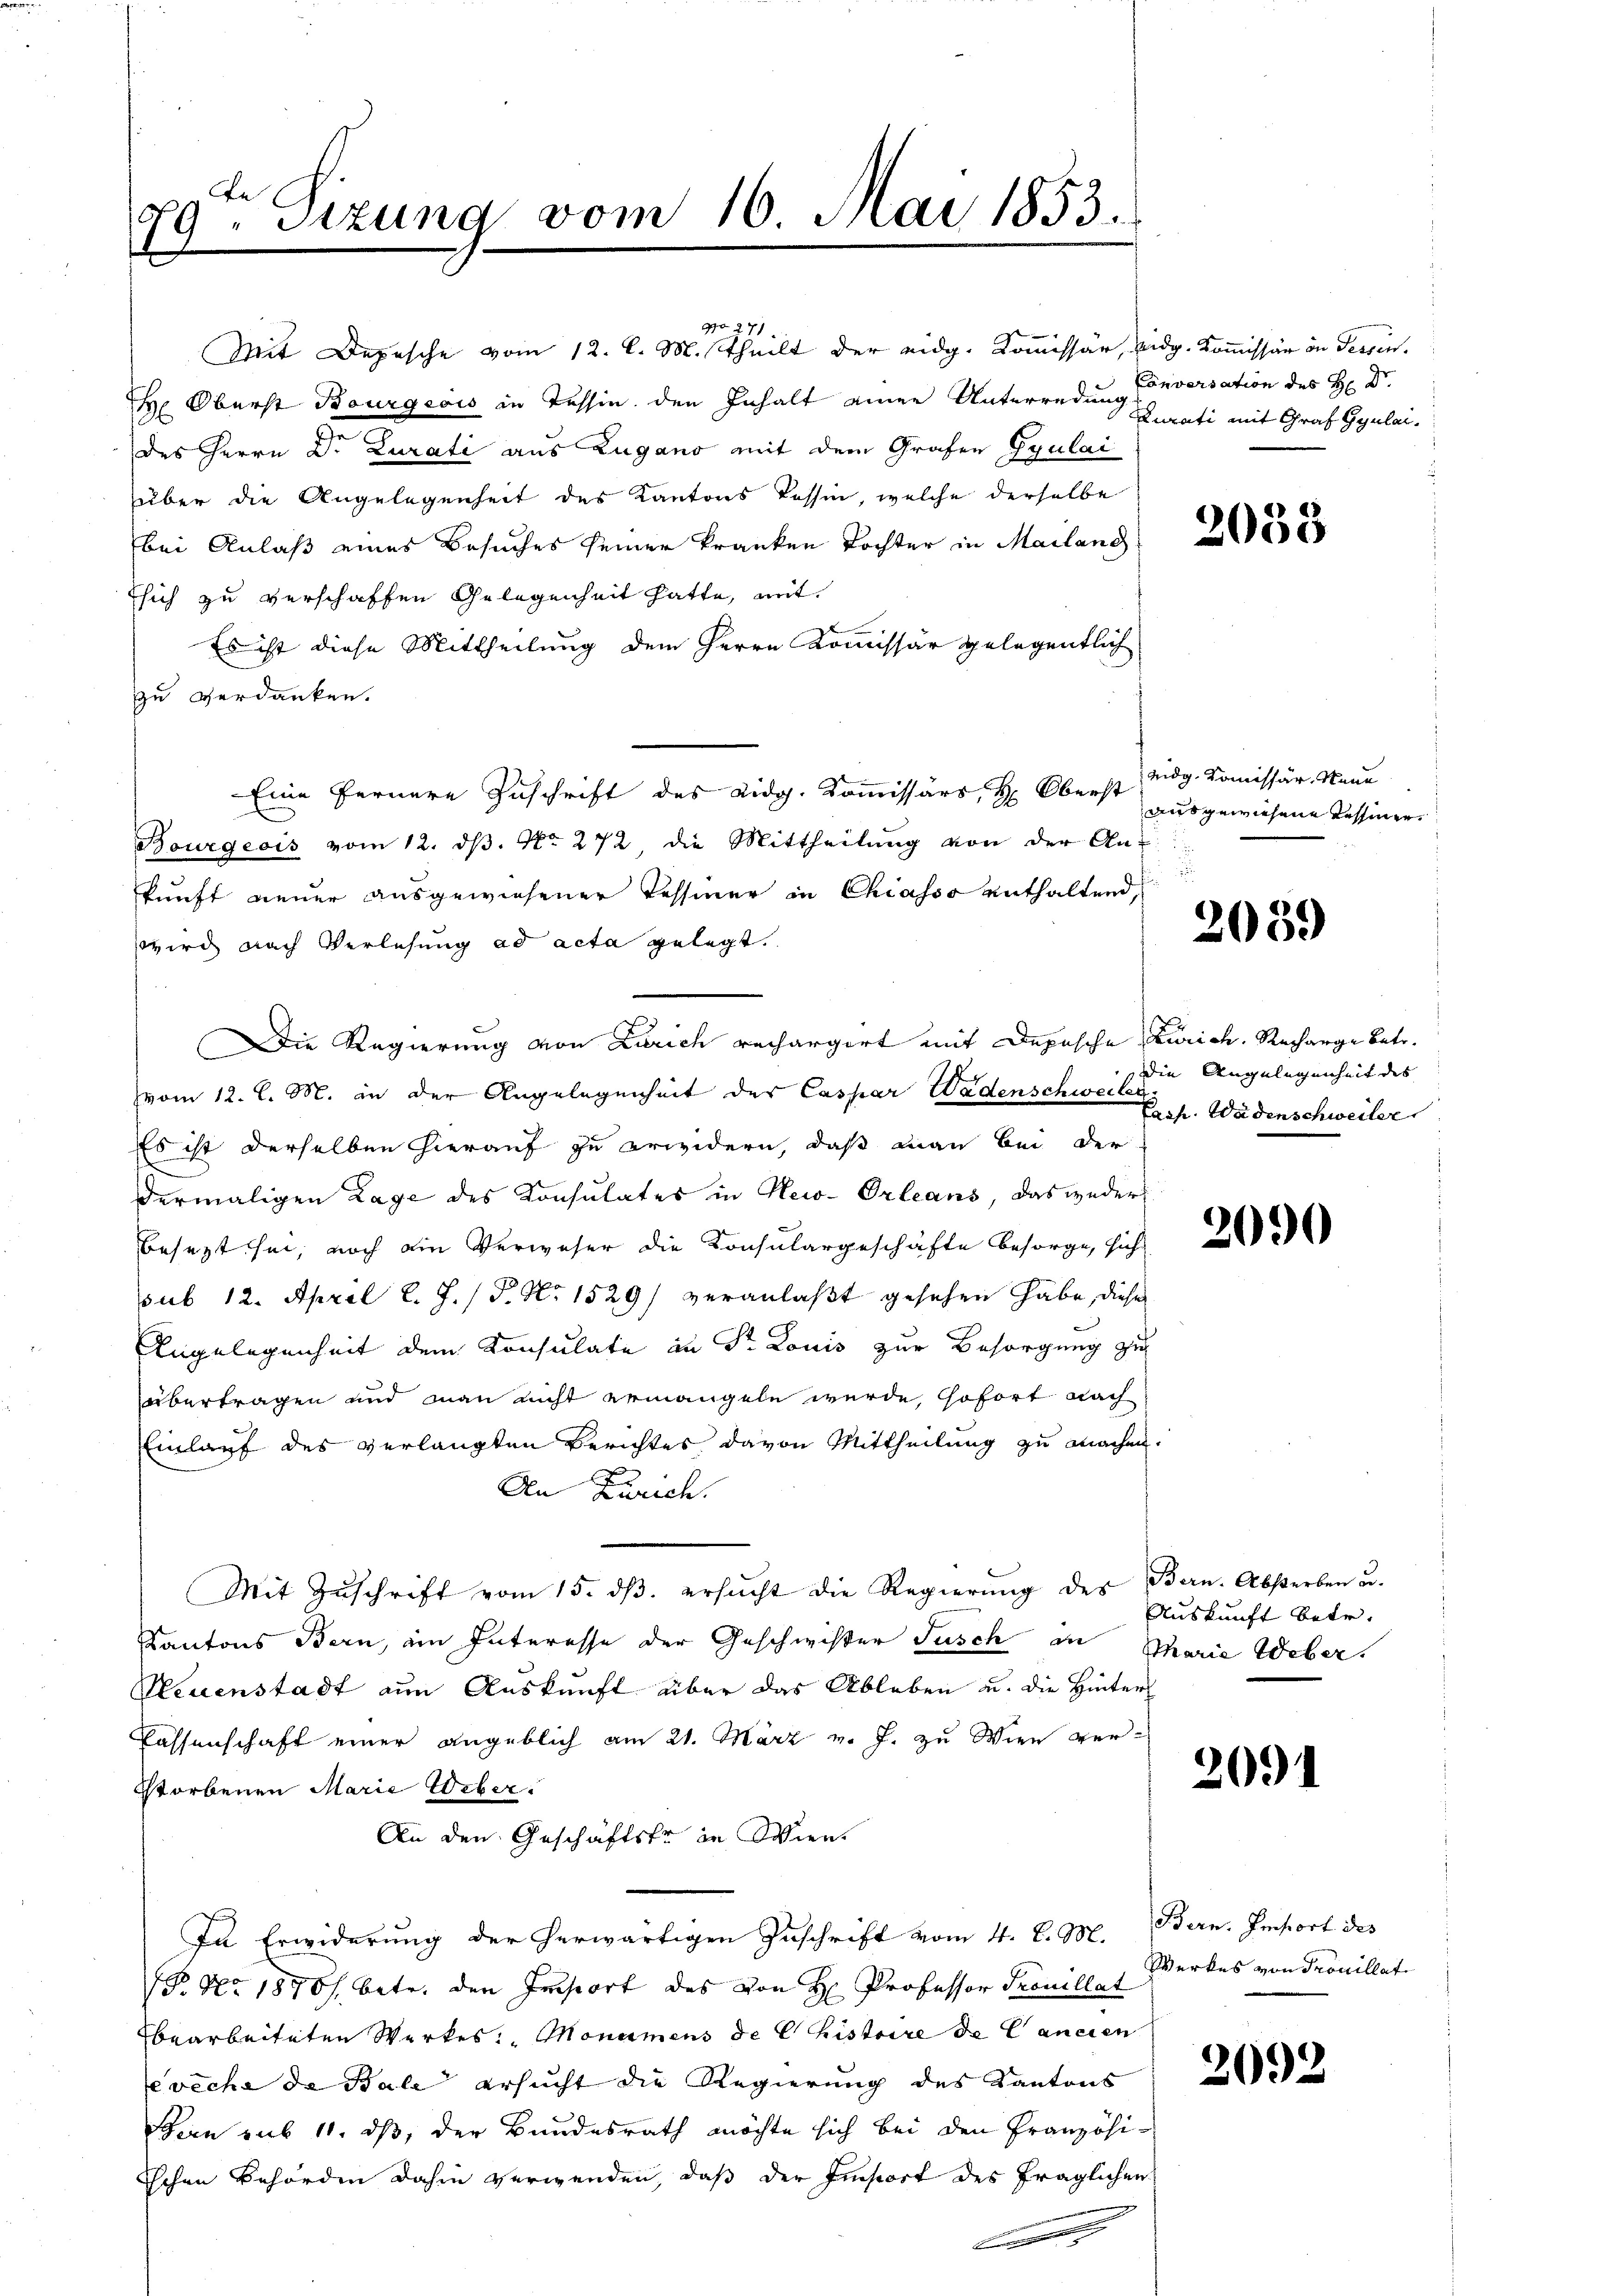
Be
719. Sitzung vom 16. Mai 1853.

97
No 271

Mit Depesche vom 12. l. M. Theilt der eidg. Kommissär, eidg. Kommissär in Tessin.
H. Oberst Bourgeois in Tessin, den Inhalt einer Unterredung enti mit Graf Gyulaides Herrn Dr. Curati aus Zugano mit dem Grafen Gyulai
über die Angelegenheit des Kantons Tessin, welche derselbe
bei Anlaß eines Besuches seiner kranken Tochter in Mailand
sich zu verschaffen Gelegenheit hatte, mit
Es ist diese Mittheilung dem Herrn Kommissär gelegentlich
zu verdanken.
Eine fernere Zuschrift des Eidg. Kommissärs H: Oberst sog. Kommissär Neue
Bourgeois vom 12. dβ. No. 272, die Mittheilŭng von der An-
kunft neuer ausgewiesener Tessiner in Chiasso enthaltend,
wird nach Verlesung ad acta gelegt.
Die Regierung von Zürich rechargert mit Depesche Zürich. Recharge betr.
vom 12. l. M. in der Angelegenheit der Caspar Wadenschweis die Angelegenheit des
Es ist derselben hierauf zu erweidern, daß man bei der
dermaligen Lage des Konsulates in New-Orleans, das weder
esagt sei, noch die Verweser die geschäfte es sich
sub 12. April l. J. (T. No 1529) veranlaßt gesehen habe, diese
Angelegenheit dem Konsulate in Dr Louis zur Besorgung zu
übertragen und man nicht ermangeln wurde, sofort nach
Einlauf des verlangten Berichtes davon Mittheilung zu machen.
Den Zürich.
Mit Zŭschrift vom 15. dβ. ersŭcht die Regierŭng des Bern. Absterben u.
Kantons Bern, ein Interesse der Geschwister Jusch an Marie Weber.
Neuenstadt am Auskunft über das Ableben u. die Hinter
Cassenschaft einer angeblich am 21. März v. J. zu Wien ver¬
Storbenen Marie Weber.
An den Geschäftste in Wien.
In Erwiderung der herwärtigen Zuschrift vom 4. d. M. Bern. Import des
 No 1870/, betr. den Insport des von H. Professor Trouillat
bearbeiteten Werkes Monumens de Chistoire de Cancien
ereche de Bale ersucht die Regierung des Kantons
Bern sub 11. ds, der Bundesrath möchte sich bei den Französi¬
Tschen Behörden dahin verwenden, daß der Insort des fraglichen
.

Conversation des H: Dr.

2058

ausgewiesene Tessiner
.

2039

Casp. Wädenschweiler

Auskunft betr.

2091

Werkes von Trouillat

2092